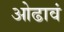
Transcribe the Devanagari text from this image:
ओढावं